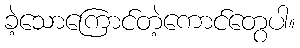
ခဲ့သောကြောင်တဲ့ကောင်တွေပါ။